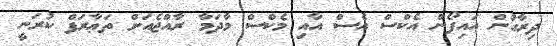
ދިރާގުން އައިފޯން އެކްސް އެސް އާއި މެކްސް މާދަމާ ރާއްޖެއަށް ތަޢާރަފް ކުރަނީ